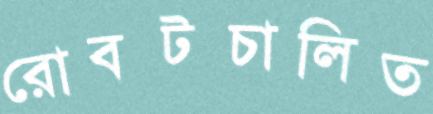
রোবটচালিত